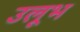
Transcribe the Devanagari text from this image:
उलूभ